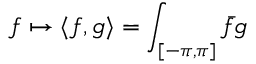
f \mapsto \langle f , g \rangle = \int _ { [ - \pi , \pi ] } { \bar { f } } g